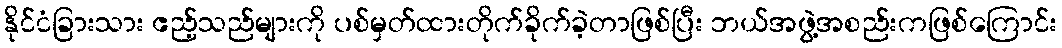
နိုင်ငံခြားသား ဧည့်သည်များကို ပစ်မှတ်ထားတိုက်ခိုက်ခဲ့တာဖြစ်ပြီး ဘယ်အဖွဲ့အစည်းကဖြစ်ကြောင်း